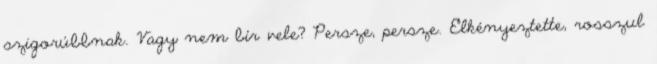
szigorúbbnak. Vagy nem bír vele? Persze, persze. Elkényeztette, rosszul